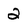
Character: 2